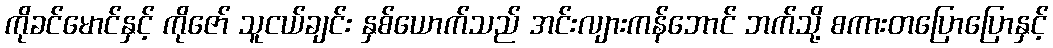
ကိုခင်မောင်နှင့် ကိုဇော် သူငယ်ချင်း နှစ်ယောက်သည် အင်းလျားကန်ဘောင် ဘက်သို့ စကားတပြောပြောနှင့်